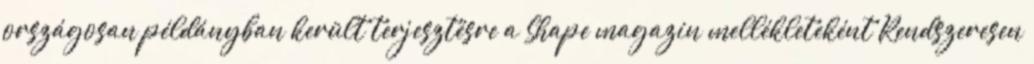
országosan példányban került terjesztésre a Shape magazin mellékleteként Rendszeresen